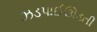
ઝડપાઈઊડતી